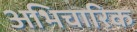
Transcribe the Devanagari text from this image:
अभिचारिक